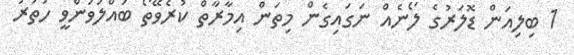
1 ބިލިއަން ޑޮލަރުގެ ލޯނެއް ނަގައިގެން މިތަން އިމާރާތް ކުރެވޭތޯ ބައްލަވަންވީ ހަތަރު